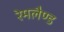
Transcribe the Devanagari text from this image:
रेमलैण्ड